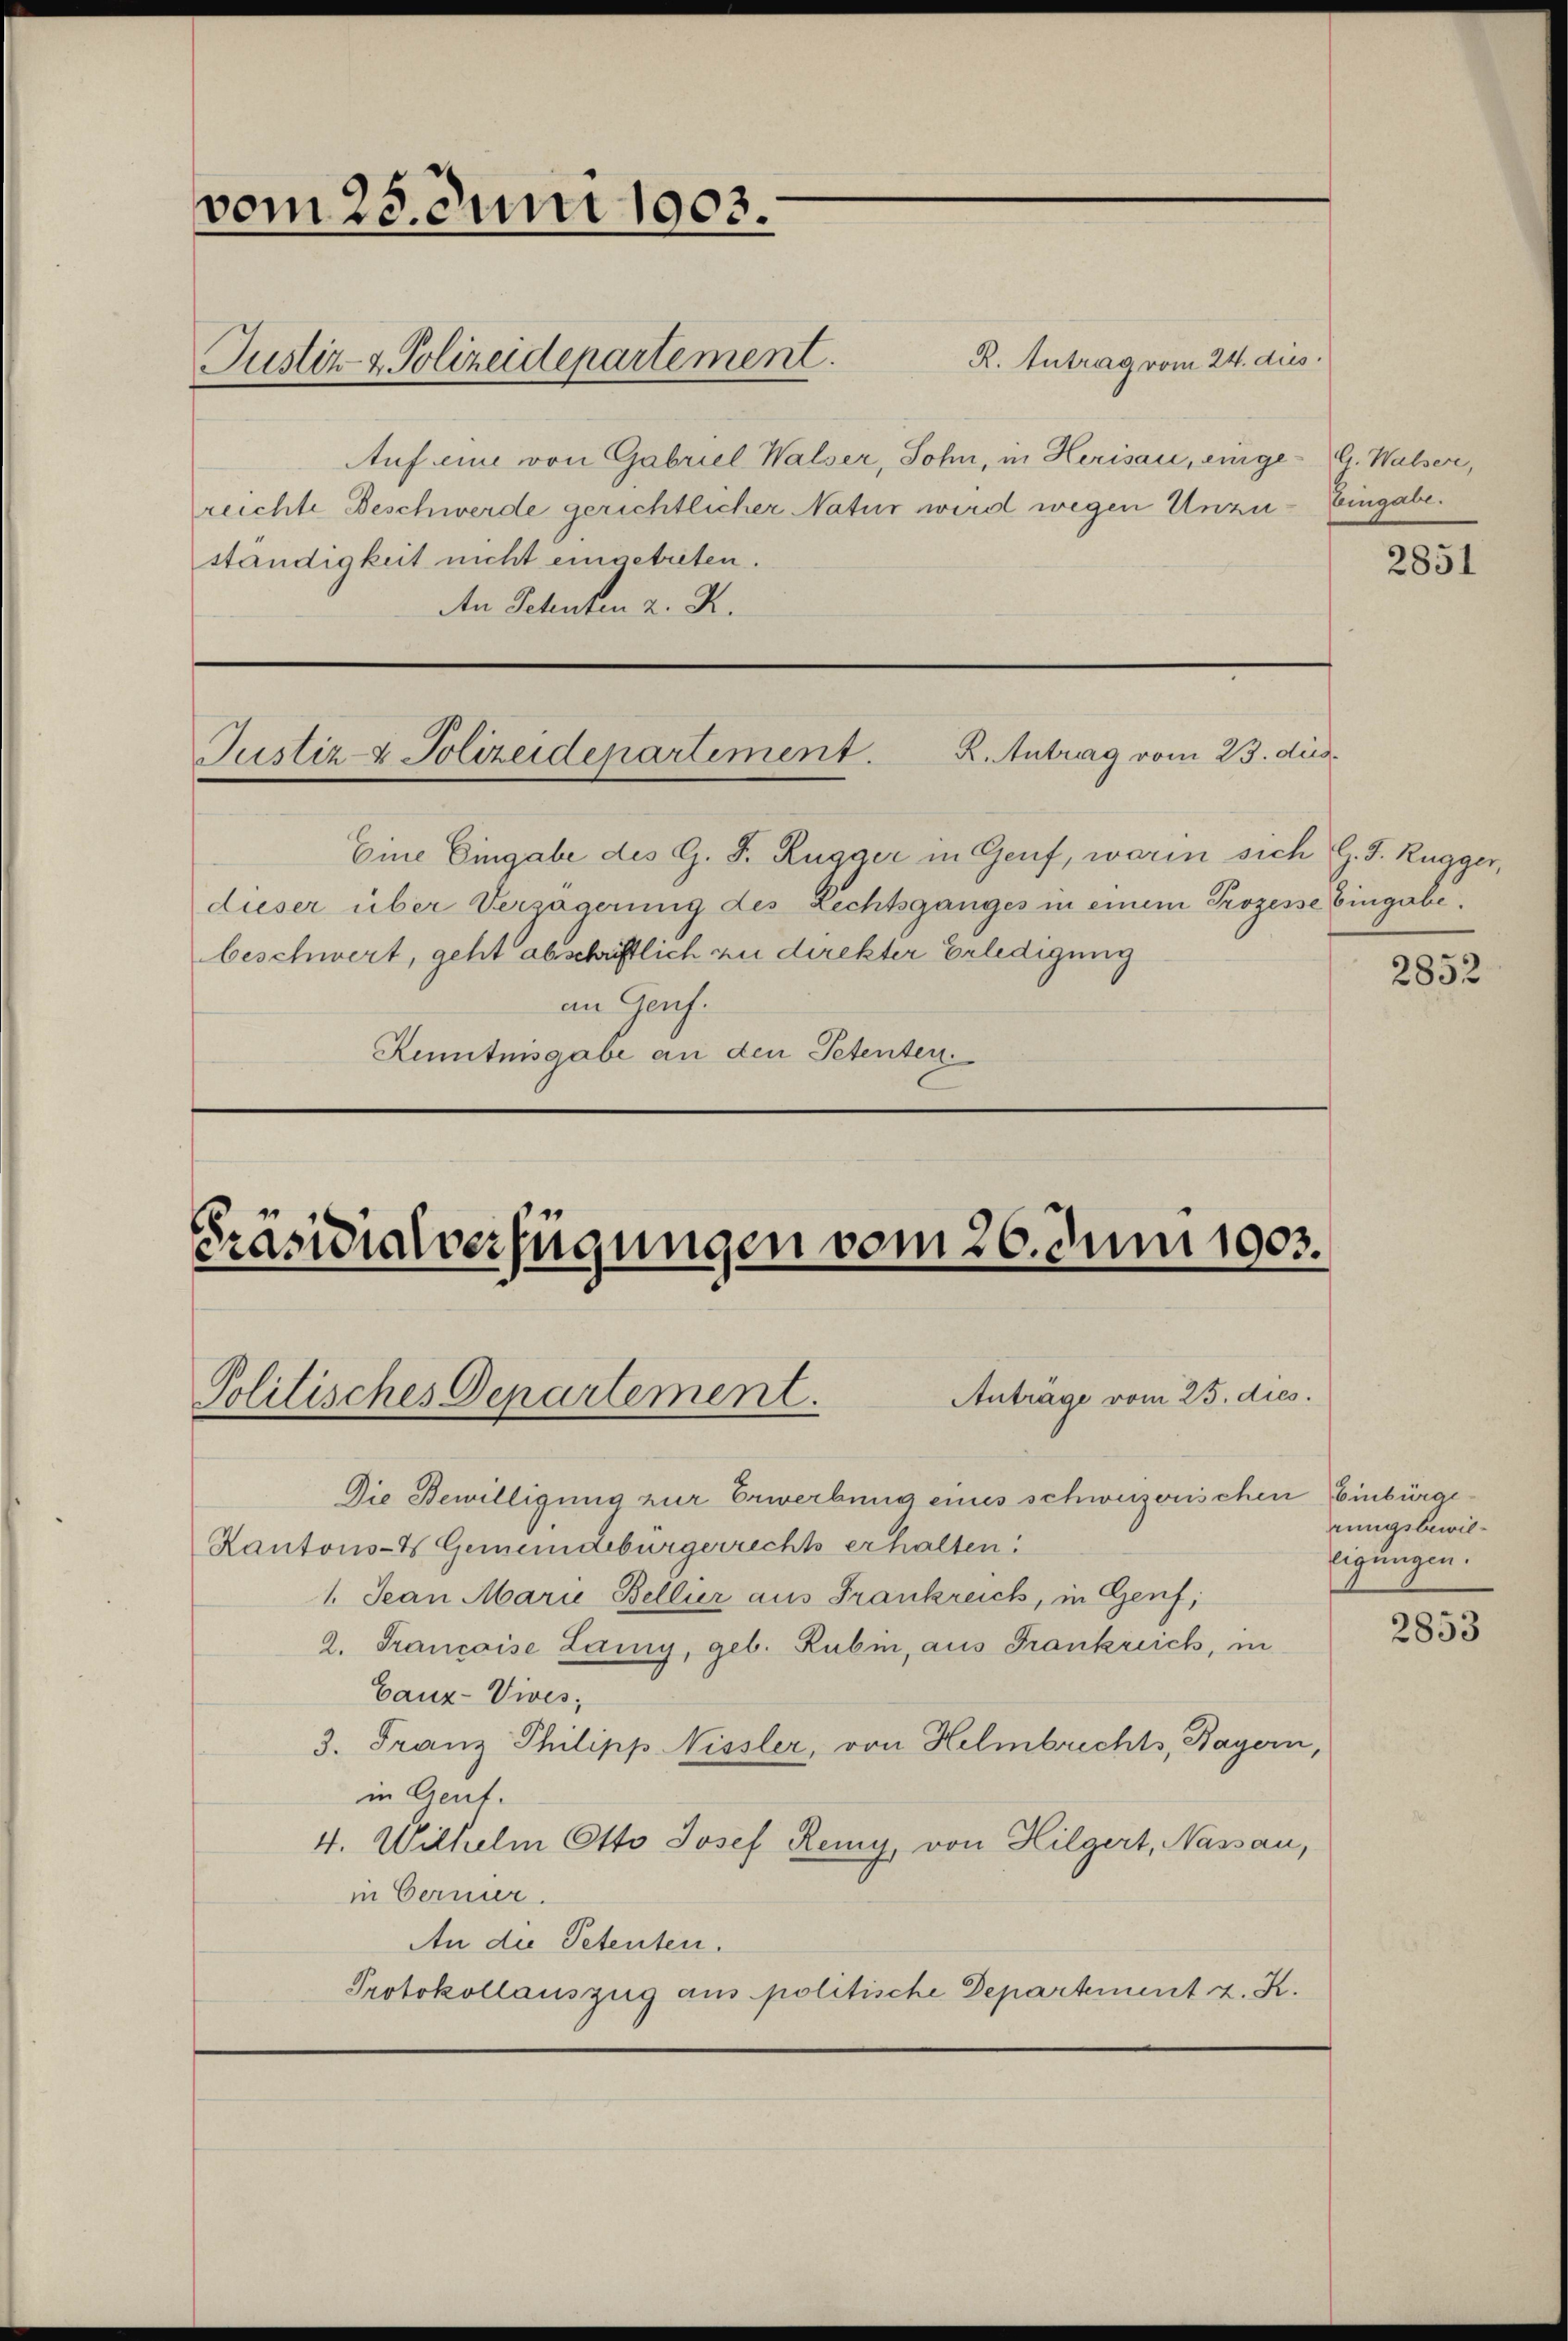
vom 25. Juni 1903.

R. Antrag vom 24. dies
Auf eine von Gabriel Walser, Sohn, in Herisau, eingereichte Beschwerde gerichtlicher Natur wird wegen Unzuständigkeit nicht eingetreten.
An Schenten z. R.

Justiz- & Polizeidepartement.

Justiz- & Polizeidepartement. K. Antrag vom 23. dies

Präsidialverfügungen vom 26. Juni 1903.

Politisches Departement.

Eine Eingabe des G. F. Rugger in Genf, worin sich G. J. Rugger,
dieser über Verzögerung des Lechtsganges in einem Prozesse Eingabe.
beschwert, geht abschriftlich zu direkter Erledigung
an Genf.
Kenntnisgabe an den Petenten.

Anträge vom 25. dies.
Die Bewilligung zur Erwerbung eines schweizerischen Einbürge¬
Kantons-H Gemeindebürgerrechts erhalten.
1. Jean Marie Bellier aus Frankreich, in Genf,
2. Trancoise Lany, geb. Rubin, aus Frankreich, in
Gauz-Vives;
3. Franz Philipp Nissler, von Helmbrechts, Bayern,
in Creut.
4. Wilhelm Otto Josef Remy, von Hilgert, Nassau,
in Bernier.
An die Petenten.
Protokollauszug aus politische Departement z. K.

G. Walser,
Eingabe.

2851

2852

rungsbewilligungen.

2853